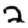
Digit: 2